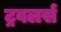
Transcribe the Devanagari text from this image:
ट्रवलर्स